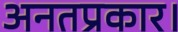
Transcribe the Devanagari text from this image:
अनतप्रकार।